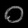
Digit: ၀